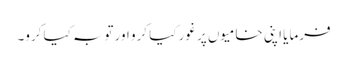
فرمایا اپنی خامیوں پر غور کیا کرو اور توبہ کیا کرو۔